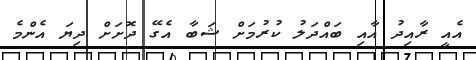
އެއީ ރާއިދު އާއި ބައްދަލު ކުރުމަށް ޝަބާ އެގޭ ދޮށަށް ދިޔަ އެންމެ